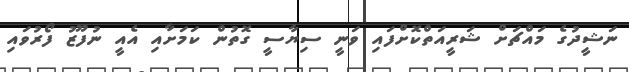
ނަޝީދުގެ މައްޗަށް ޝަރީއަތްކޮށްފައި ވަނީ ސިޔާސީ ގޮތުން ކަމަށާއި އެއީ ނުފޫޒު ފޯރުވައި